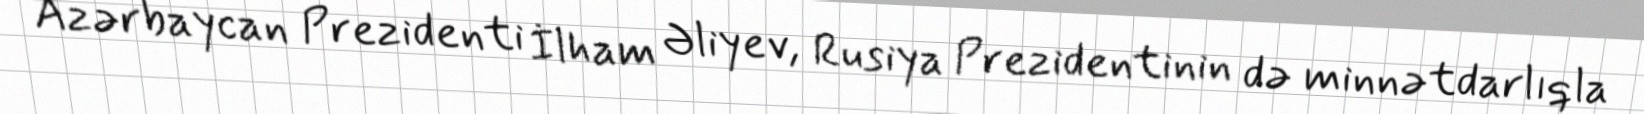
Azərbaycan Prezidenti İlham Əliyev, Rusiya Prezidentinin də minnətdarlıqla